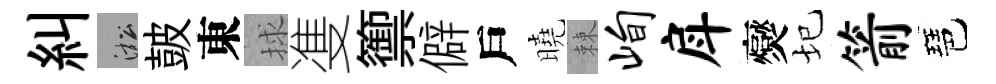
糾淞皷東捄㕠籞僻戶曉棘峋戽爕圮箭琶